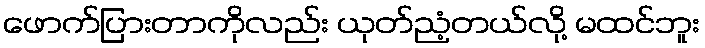
ဖောက်ပြားတာကိုလည်း ယုတ်ညံ့တယ်လို့ မထင်ဘူး